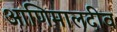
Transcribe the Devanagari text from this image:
आणिमालदीव